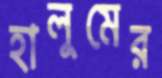
হালুমের